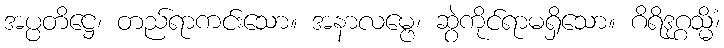
အပ္ပတိဋ္ဌေ၊ တည်ရာကင်းသော။ အနာလမ္ဗေ၊ ဆွဲကိုင်ရာမရှိသော။ ဂိရိဒုဂ္ဂသ္မိံ၊